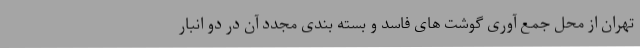
تهران از محل جمع آوری گوشت های فاسد و بسته بندی مجدد آن در دو انبار